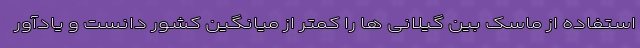
استفاده از ماسک بین گیلانی ها را کمتر از میانگین کشور دانست و یادآور